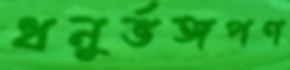
ধনুর্ভঙ্গপণ